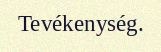
Tevékenység.